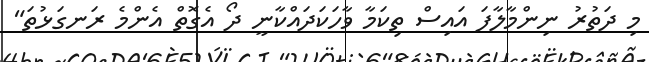
މި ދަތުރު ނިންމާލާފަ އައިސް ތިކަމާ ވާހަކަދައްކާނީ ދޯ އެގޮތް އެންމެ ރަނގަޅުތަ"